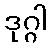
ဒုဂ္ဂါ